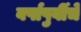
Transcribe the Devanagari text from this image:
वर्षापुर्वीचे